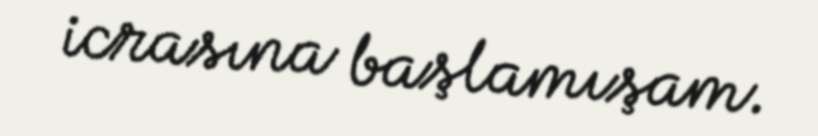
icrasına başlamışam.